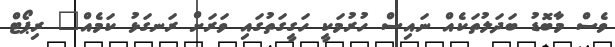
ވެސް މާބޮޑު ބަދަލުތަކެއް ނައިސް ހުރުމަކީ ހަގީގަތުގައި ވަރަށް ރަނގަޅު ކަމެއް" ރިޕޯޓް